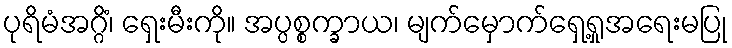
ပုရိမံအဂ္ဂိံ၊ ရှေးမီးကို။ အပ္ပစ္စက္ခာယ၊ မျက်မှောက်ရှေ့ရှုအရေးမပြု